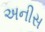
અનીસ